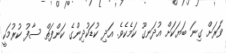
ވަރަށް ގިނަ ބަޔަކަށް އުދަނގޫ ކަމެކެވެ. އަދި ކުޑަކުދިންގެ ކަންފަތް ސާފު ކުރުމަކީ